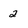
Character: 2